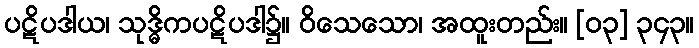
ပဋိပဒါယ၊ သုဒ္ဓိကပဋိပဒါ၌။ ဝိသေသော၊ အထူးတည်း။ [၀၃] ၃၄၃။